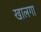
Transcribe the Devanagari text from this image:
खालगा